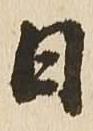
日